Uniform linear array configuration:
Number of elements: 64
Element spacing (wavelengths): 0.5
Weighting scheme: hann
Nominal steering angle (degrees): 30
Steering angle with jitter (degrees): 29.87
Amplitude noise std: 0.05
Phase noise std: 0.05

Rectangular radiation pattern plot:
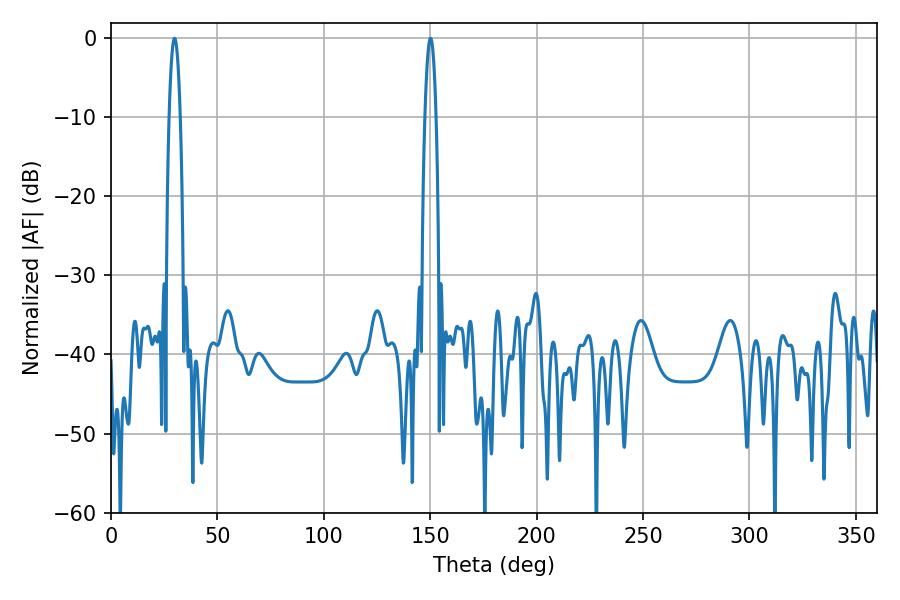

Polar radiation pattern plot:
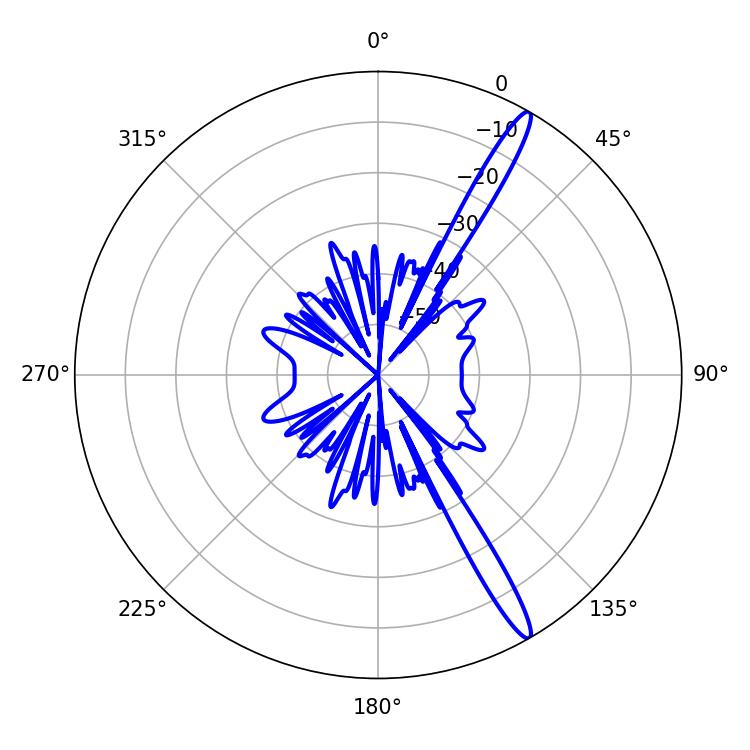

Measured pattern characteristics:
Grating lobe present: FALSE
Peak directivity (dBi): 15.627
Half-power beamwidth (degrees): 2.88
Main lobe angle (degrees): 29.88